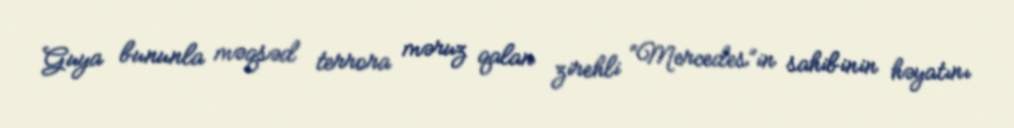
Guya bununla məqsəd terrora məruz qalan zirehli “Mercedes”in sahibinin həyatını